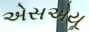
એસએયૂ